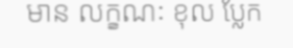
មាន លក្ខណៈ ខុល ប្លែក